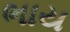
ભાય